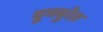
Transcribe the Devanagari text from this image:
बुमबुरेत